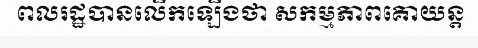
ពលរដ្ឋបានលើកឡើងថា សកម្មភាពគោយន្ត